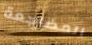
المضاجعة